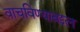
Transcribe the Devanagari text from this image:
वाचविण्याबद्दल